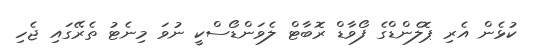
ކުޅެން އެރި ޕޮލެންޑްގެ ފޯވާޑް ރޮބާޓް ލެވަންޑޯސްކީ ނުވަ މިނެޓު ތެރޭގައި ޖެހި